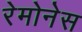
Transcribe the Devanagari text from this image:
रेमोनेस